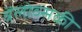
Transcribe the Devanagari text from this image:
त्रेंलोव्सकी